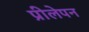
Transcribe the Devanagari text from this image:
प्रीलेपन